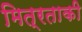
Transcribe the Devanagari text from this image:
मित्रताकी